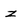
Character: z